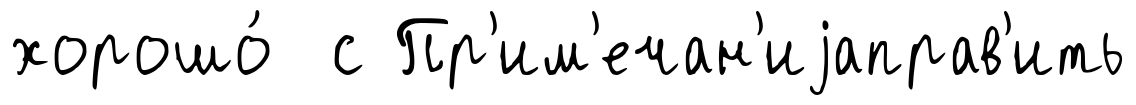
хорошо́ с Пр'им'ечан'иjаправ'ить